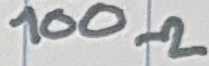
Text: 100Ω